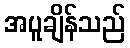
အပူချိန်သည်